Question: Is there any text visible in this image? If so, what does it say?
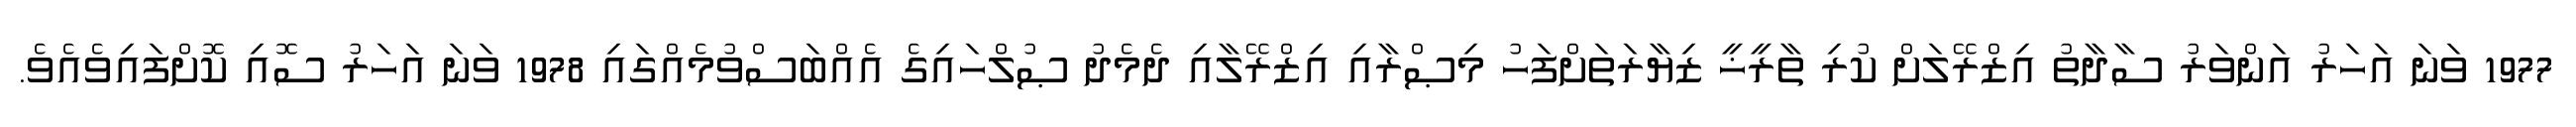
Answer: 1977 ވަނަ އަހަރު އަންވަރު ސާދާތު އިޒްރޭލަށް ކުރި ތާރީޚީ ޒިޔާރަތަށްފަހު މިޞްރާއި އިޒްރޭލާއި ދެމެދު ޞުލްހައިގެ އެއްބަސްވުމެއްގައި 1978 ވަނަ އަހަރު ސޮއި ކޮށްފައިވެއެވެ.